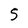
Character: S